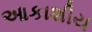
આકાશીય